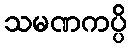
သမဏကပ္ပိ